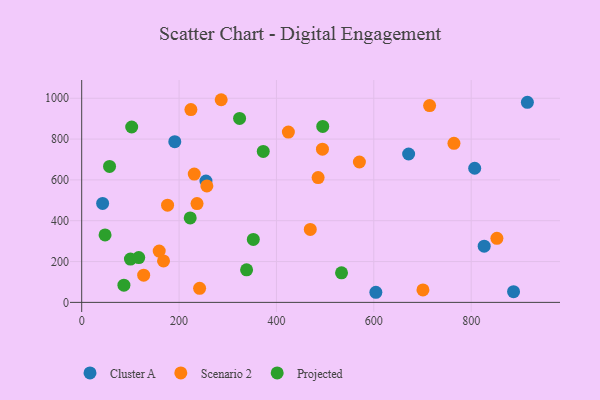
{"axis": {"x": "Speed", "y": "Rating"}, "legend": ["Cluster A", "Projected", "Scenario 2"], "data": [{"x": "826.7", "y": 275.5, "type": "Cluster A"}, {"x": "887.0", "y": 52.4, "type": "Cluster A"}, {"x": "915.4", "y": 979.9, "type": "Cluster A"}, {"x": "604.2", "y": 49.5, "type": "Cluster A"}, {"x": "43.0", "y": 484.6, "type": "Cluster A"}, {"x": "255.2", "y": 594.6, "type": "Cluster A"}, {"x": "191.2", "y": 787.2, "type": "Cluster A"}, {"x": "671.5", "y": 726.8, "type": "Cluster A"}, {"x": "807.2", "y": 657.2, "type": "Cluster A"}, {"x": "242.2", "y": 68.9, "type": "Scenario 2"}, {"x": "257.1", "y": 570.5, "type": "Scenario 2"}, {"x": "231.2", "y": 628.7, "type": "Scenario 2"}, {"x": "714.6", "y": 964.1, "type": "Scenario 2"}, {"x": "485.6", "y": 611.5, "type": "Scenario 2"}, {"x": "570.4", "y": 687.7, "type": "Scenario 2"}, {"x": "159.2", "y": 251.5, "type": "Scenario 2"}, {"x": "469.5", "y": 357.4, "type": "Scenario 2"}, {"x": "494.5", "y": 750.7, "type": "Scenario 2"}, {"x": "852.8", "y": 314.0, "type": "Scenario 2"}, {"x": "176.4", "y": 476.2, "type": "Scenario 2"}, {"x": "224.3", "y": 944.4, "type": "Scenario 2"}, {"x": "127.3", "y": 133.1, "type": "Scenario 2"}, {"x": "764.6", "y": 779.3, "type": "Scenario 2"}, {"x": "286.5", "y": 992.8, "type": "Scenario 2"}, {"x": "424.5", "y": 834.5, "type": "Scenario 2"}, {"x": "700.9", "y": 61.0, "type": "Scenario 2"}, {"x": "236.9", "y": 484.0, "type": "Scenario 2"}, {"x": "168.1", "y": 202.9, "type": "Scenario 2"}, {"x": "324.3", "y": 901.4, "type": "Projected"}, {"x": "100.1", "y": 212.2, "type": "Projected"}, {"x": "338.7", "y": 159.3, "type": "Projected"}, {"x": "372.9", "y": 739.4, "type": "Projected"}, {"x": "48.0", "y": 330.6, "type": "Projected"}, {"x": "533.7", "y": 144.6, "type": "Projected"}, {"x": "117.2", "y": 219.4, "type": "Projected"}, {"x": "495.1", "y": 861.9, "type": "Projected"}, {"x": "102.7", "y": 859.3, "type": "Projected"}, {"x": "352.5", "y": 308.4, "type": "Projected"}, {"x": "222.9", "y": 413.8, "type": "Projected"}, {"x": "57.2", "y": 666.1, "type": "Projected"}, {"x": "86.7", "y": 84.2, "type": "Projected"}]}